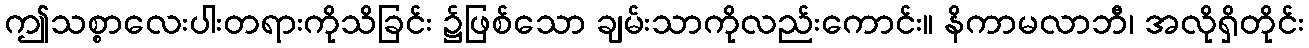
ဤသစ္စာလေးပါးတရားကိုသိခြင်း ၌ဖြစ်သော ချမ်းသာကိုလည်းကောင်း။ နိကာမလာဘီ၊ အလိုရှိတိုင်း